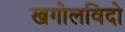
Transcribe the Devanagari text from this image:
खगोलविदो